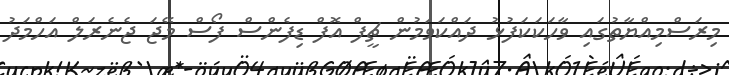
މިރަސްމިއްޔާތުގައި ވާހަކަކަފުޅު ދައްކަވަމުން ޗީފް އޮފް ޑިފެންސް ފޯސް މޭޖަ ޖެނެރަލް އަހްމަދު